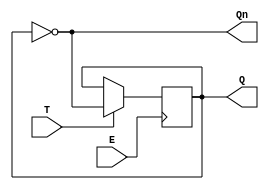
module gated_t_latch (
    input wire T,      // Toggle input
    input wire E,      // Enable input
    output reg Q,      // Output
    output wire Qn     // Complement of Q
);

    // Complement of Q
    assign Qn = ~Q;

    // Always block for the gated T latch functionality
    always @(posedge E) begin
        if (T) begin
            Q <= ~Q;  // Toggle Q when T is high and E is high
        end
        // If T is low, Q remains unchanged
    end

    // Hold the current state when E is low
    always @(negedge E) begin
        // No operation, just hold the state
    end

endmodule